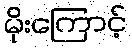
မိုးကြောင့်